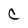
Character: C